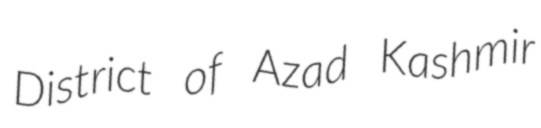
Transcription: District of Azad Kashmir